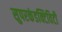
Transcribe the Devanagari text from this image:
सुपरकंडक्टिविटी